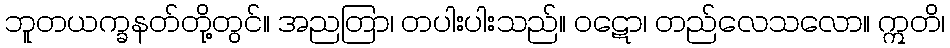
ဘူတယက္ခနတ်တို့တွင်။ အညတြာ၊ တပါးပါးသည်။ ဝဋော၊ တည်လေသလော။ ဣတိ၊